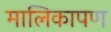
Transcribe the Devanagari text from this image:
मालिकापण